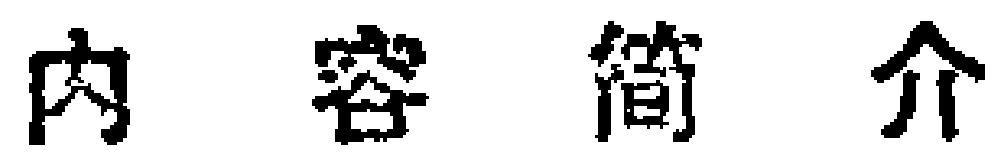
内容简介